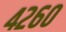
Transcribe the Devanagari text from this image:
४२६०